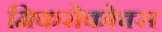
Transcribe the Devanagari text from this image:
मिकरोकोक्स